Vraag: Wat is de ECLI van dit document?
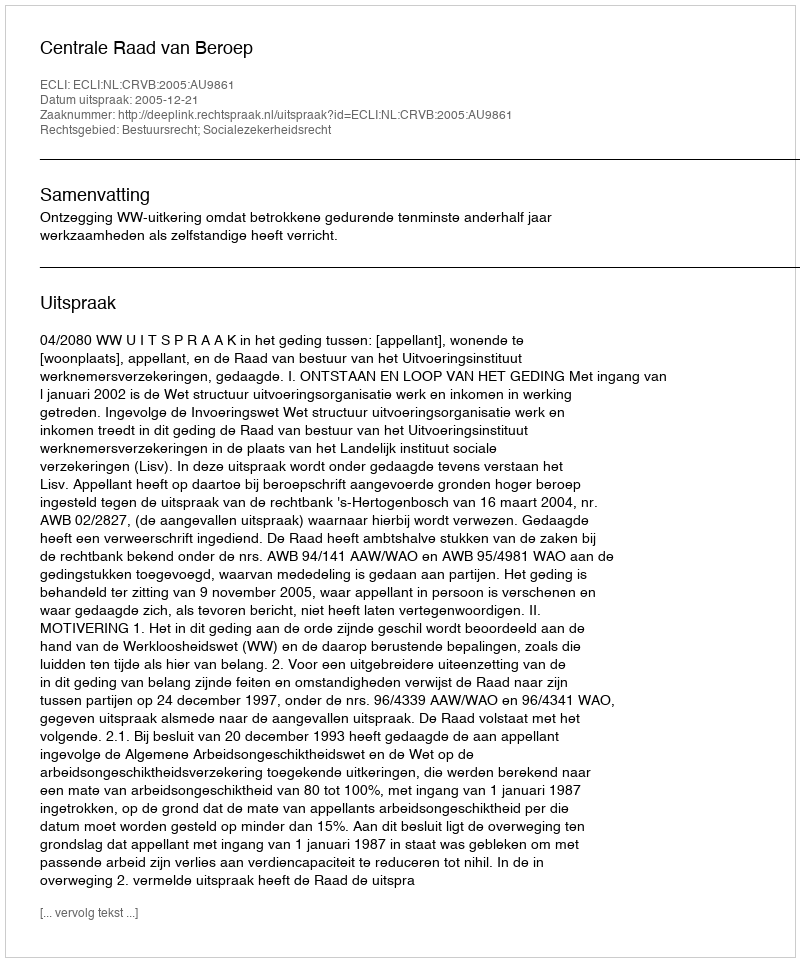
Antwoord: ECLI:NL:CRVB:2005:AU9861